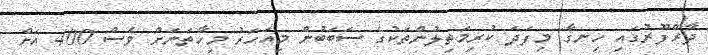
ދާރްފޫރުގައި ހިނގާ މިފަދަ ކުރިމަތިލުންތަކުގެ ސަބަބުން މިއަހަރު މިހާތަނަށް ވެސް 400 އަށް